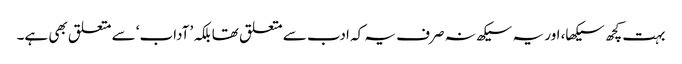
بہت کچھ سیکھا، اور یہ سیکھ نہ صرف یہ کہ ادب سے متعلق تھا بلکہ ’آداب‘ سے متعلق بھی ہے۔